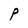
Character: P